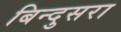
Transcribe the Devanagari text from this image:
बिन्दुसरा